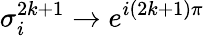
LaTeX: \sigma_{i}^{2k+1}\rightarrow e^{i(2k+1)\pi}